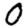
Digit: 0